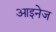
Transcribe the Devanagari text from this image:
आइनेज